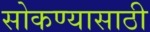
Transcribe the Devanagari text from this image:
सोकण्यासाठी